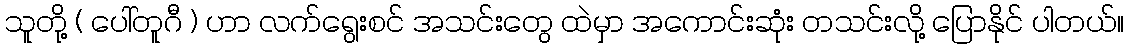
သူတို့ ( ပေါ်တူဂီ ) ဟာ လက်ရွေးစင် အသင်းတွေ ထဲမှာ အကောင်းဆုံး တသင်းလို့ ပြောနိုင် ပါတယ်။